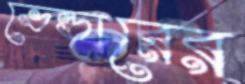
ভেন্ডারের